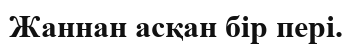
Жаннан асқан бір пері.